Scientific memoirs by medical officers of the Army of India - Part VIII,
Year: 1894
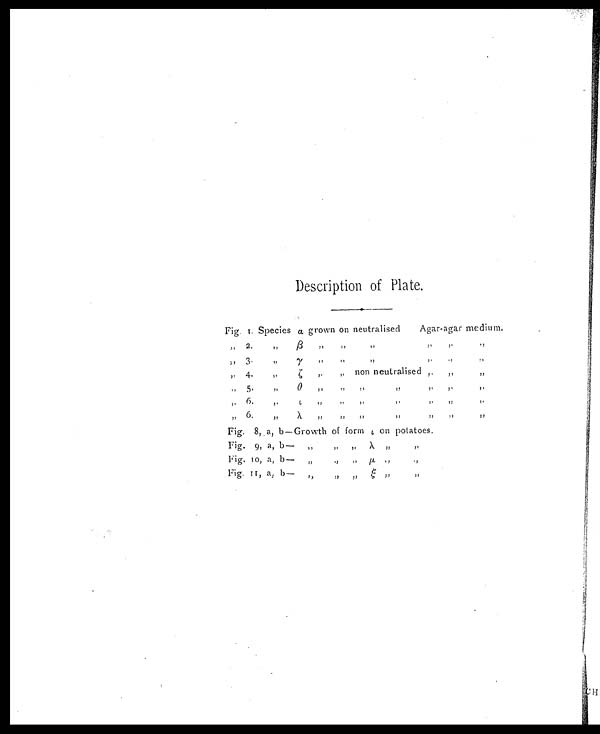
Description of Plate.
Fig. 1. Species a grown on neutralised
Aga agar medium.
" 2.
"
ß
" ,,
,,
,,,,,,,,
3.
,,
y ,,
,,
,,
,,
,,,,,,
4.
,,
ζ
,,
„ nor-neutralised
,,
,,
,,
,, 5,
,,
θ
„
,,,,,,
,, ,,
,,
,, 6.
,,
ι
,,
,, ,,
,, ,, ,, ,,
„ 6.
,,
λ
,,
,, ,, ,, ,, ,, ,,
Fig. 8, a, b—Growth of form ι on potatoes.
Fig. 9, a, b—
,, ,, ,,
λ „
,,
Fig. 10, a, b— „
,,
,,
µ
,, ,,
Fig. 11, a, b— ,,
,, ,, ξ
,,
,,